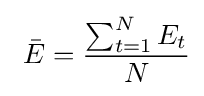
\ {\bar {E}}={\frac {\sum _{t=1}^{N}{E_{t}}}{N}}